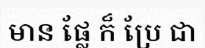
មាន ផ្លែ ក៏ ប្រែ ជា